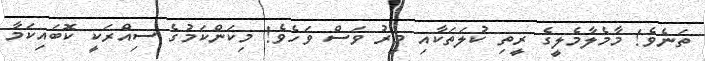
ތަނެވެ! މާމެލާމެލީގެ ރީތި ކުލަތަކާއި މީރު ވަސް ވަހެވެ! މިކަންކަމުގެ ސިއްރަކީ ކޮބައިކަމާ